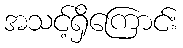
အသင့်ရှိကြောင်း